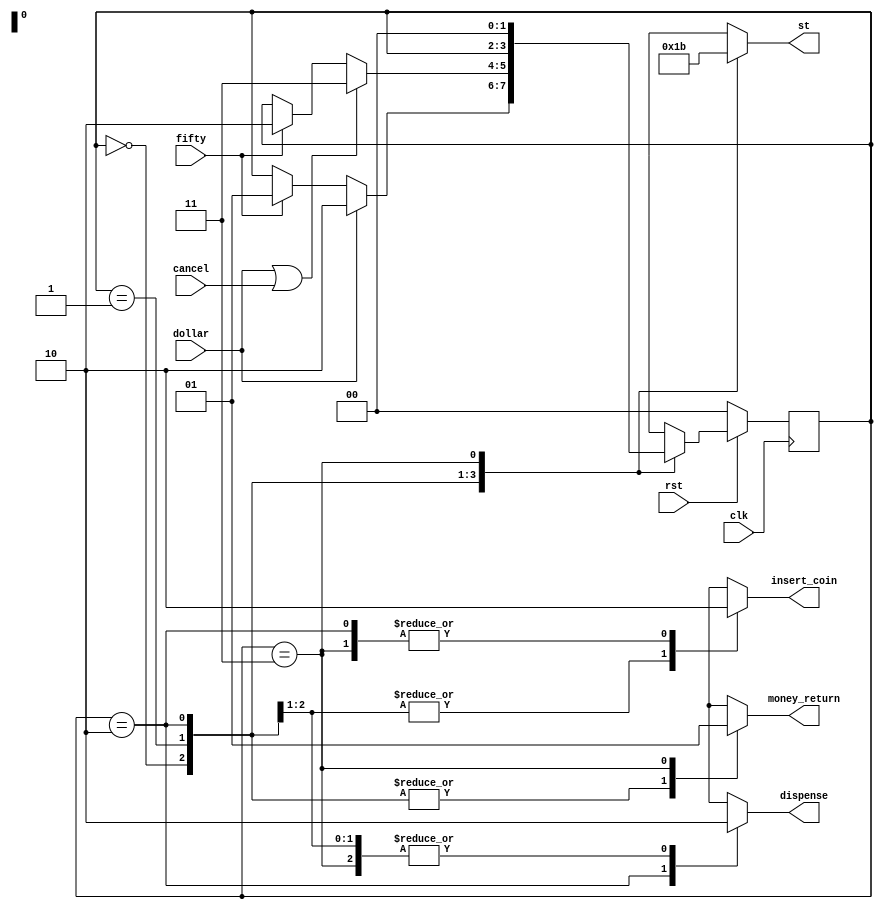
`timescale 1ns / 1ps
//////////////////////////////////////////////////////////////////////////////////
// Company: 
// Engineer: 
// 
// Design Name: 
// Module Name:    lab1_FSM 
// Project Name: 
// Target Devices: 
// Tool versions: 
// Description: 
//
// Dependencies: 
//
// Revision: 
// Revision 0.01 - File Created
// Additional Comments: 
//
//////////////////////////////////////////////////////////////////////////////////
module lab1_FSM(
    input clk,
    input rst,
    input cancel,
    input dollar,
    input fifty,
    output reg money_return,
    output reg dispense,
    output reg insert_coin,
    output reg [1:0] st
    );

parameter INIT = 2'b00, S50c = 2'b01, VEND = 2'b10, RETURN = 2'b11;
reg[1:0] nst, cur_st;


always @(posedge clk)
begin
	if(!rst)
		cur_st<=INIT;
	else
		cur_st<=nst;
end // end always

always @*
begin
	nst = cur_st;
	case(cur_st)
	INIT: begin // start state
		st = 2'b00;
		money_return = 0;
		dispense = 0;
		insert_coin = 1;
		if(fifty)
			nst = S50c;  // 50c state
		if(dollar) 
			nst = VEND;  // $1 state
			
		end // end init
	
	S50c: begin // 50c state
		st = 2'b01;
		money_return = 0;
		dispense = 0;
		insert_coin = 1;
		if(fifty) 
			nst = VEND;  // $1 state
			
		if(dollar || cancel) 
			nst = RETURN;  // return state
			
		end
		
	VEND: begin // VEND STATE
		st = 2'b10;
		money_return = 0;
		dispense = 1;
		insert_coin = 0;
		if(!rst)
			nst = INIT;
			
		end
	RETURN: begin // RETURN STATE
		st = 2'b11;
		money_return = 1;
		dispense = 0;
		insert_coin = 0;
		
		nst = INIT;
		end
	endcase
	
end

endmodule